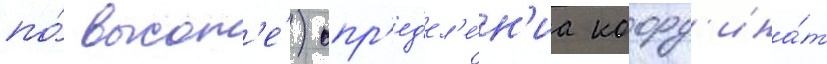
по́ высот'е́) опр'ед'ел'е́н'иа коорд'ина́т